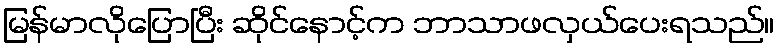
မြန်မာလိုပြောပြီး ဆိုင်နောင့်က ဘာသာဖလှယ်ပေးရသည်။